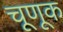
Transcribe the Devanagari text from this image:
चूणूक